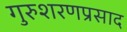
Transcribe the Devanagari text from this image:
गुरुशरणप्रसाद